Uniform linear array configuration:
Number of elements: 24
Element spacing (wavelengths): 0.5
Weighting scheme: binomial
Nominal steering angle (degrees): -60
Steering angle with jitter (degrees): -58.196
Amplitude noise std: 0.05
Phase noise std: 0.05

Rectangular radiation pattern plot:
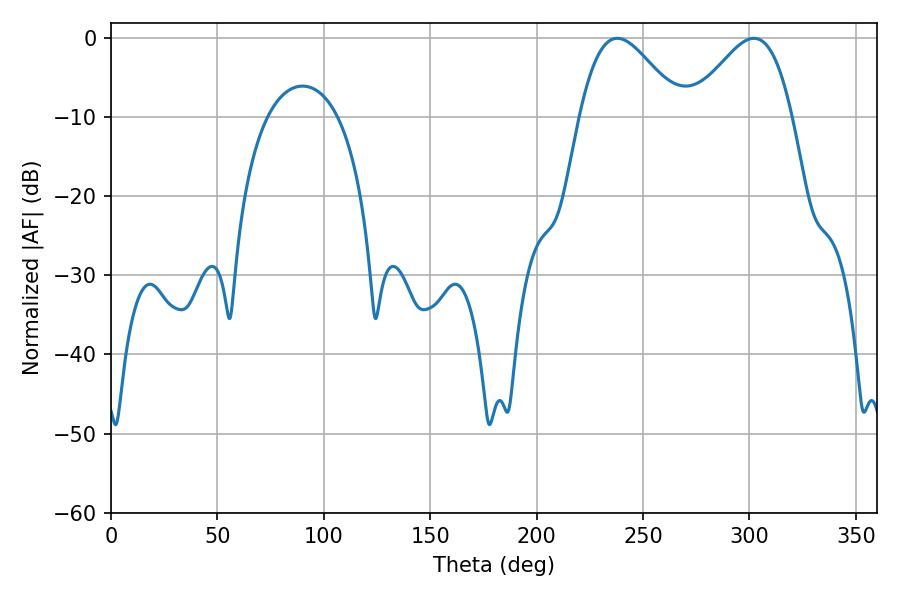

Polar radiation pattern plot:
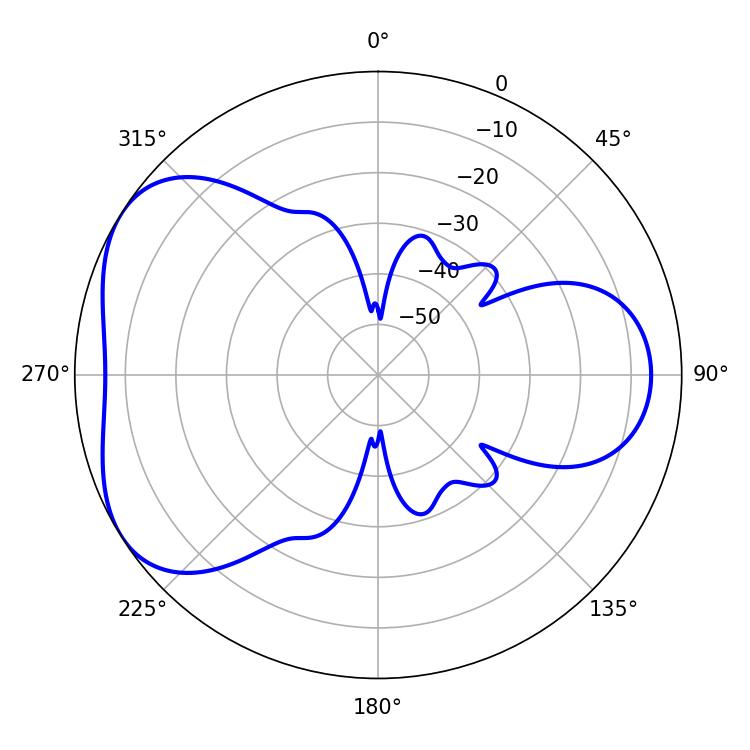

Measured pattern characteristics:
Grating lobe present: FALSE
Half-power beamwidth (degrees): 25.38
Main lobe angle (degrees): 237.96